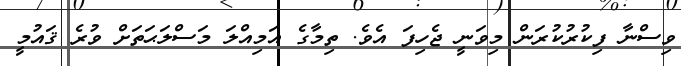
ވިސްނާ ފިކުރުކުރަން މިވަނީ ޖެހިފަ އެވެ. ތިމާގެ އަމިއްލަ މަސްލަޙަތަށް ވުރެ ޤައުމީ